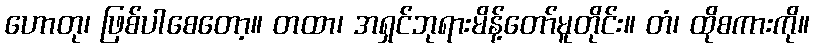
ဟောတု၊ ဖြစ်ပါစေတော့။ တထာ၊ အရှင်ဘုရားမိန့်တော်မူတိုင်း။ တံ၊ ထိုစကားကို။